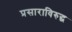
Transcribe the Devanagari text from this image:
प्रसाराविरुद्ध